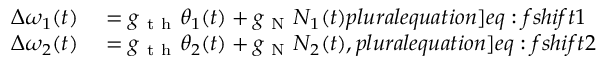
\begin{array} { r l } { \Delta \omega _ { 1 } ( t ) } & { { } = g _ { \mathrm { ~ t ~ h ~ } } \theta _ { 1 } ( t ) + g _ { \mathrm { ~ N ~ } } N _ { 1 } ( t ) \label [ p l u r a l e q u a t i o n ] { e q : f s h i f t 1 } } \\ { \Delta \omega _ { 2 } ( t ) } & { { } = g _ { \mathrm { ~ t ~ h ~ } } \theta _ { 2 } ( t ) + g _ { \mathrm { ~ N ~ } } N _ { 2 } ( t ) , \label [ p l u r a l e q u a t i o n ] { e q : f s h i f t 2 } } \end{array}